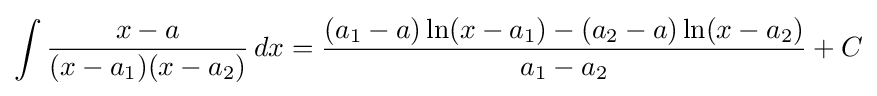
\int {\frac {x-a}{(x-a_{1})(x-a_{2})}}\,dx={\frac {(a_{1}-a)\ln(x-a_{1})-(a_{2}-a)\ln(x-a_{2})}{a_{1}-a_{2}}}+C